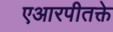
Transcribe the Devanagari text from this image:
एआरपीतक्ते